Vaccination Hyderabad 1890-1903 - 1890-1903
Year: 1890
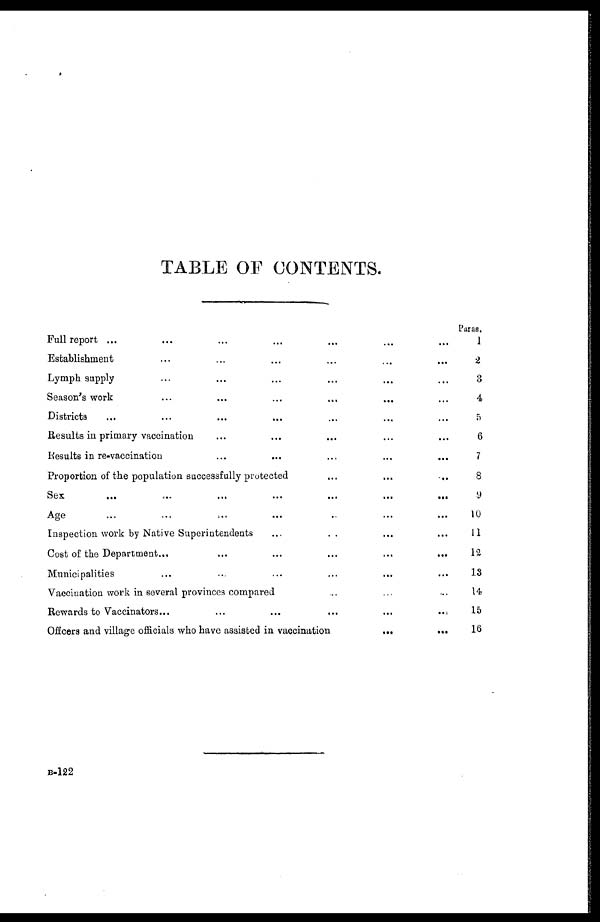
TABLE OF CONTENTS.
Full report ... ... ... ... ... ... ...
Establishment ... ... ... ... ... ...
Lymph supply ... ... ... ... ... ...
Season's work ... ... ... ... ... ...
Districts ... ... ... ... ... ... ...
Results in primary vaccination ... ... ... ... ...
Results in re-vaccination
...
...
...
...
...
Proportion of the population successfully protected
...
...
...
Sex
...
...
...
...
...
...
...
Age ... ... ... ... ... ...
Inspection work by Native Superintendents
...
..
... ...
Cost of the Department...
...
...
...
...
...
Municipalities ... ... ... ... ... ...
Vaccination work in several provinces compared ... ... ...
Rewards to Vaccinators...
...
...
...
...
...
Offcers and village officials who have assisted in vaccination
...
...
Paras.
1
2
3
4
5
6
7
8
9
10
11
12
13
14
15
16
B-122